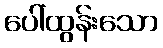
ပေါ်ထွန်းသော